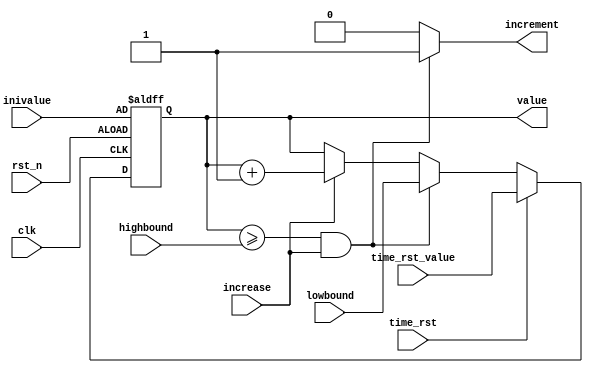
`timescale 1ns / 1ps
//////////////////////////////////////////////////////////////////////////////////
// Company: 
// Engineer: 
// 
// Design Name: 
// Module Name: upcounter
// Project Name: 
// Target Devices: 
// Tool Versions: 
// Description: 
// 
// Dependencies: 
// 
// Revision:
// Revision 0.01 - File Created
// Additional Comments:
// 
//////////////////////////////////////////////////////////////////////////////////


module upcounter(
    input [3:0]inivalue,
    input [3:0]highbound,
    input [3:0]lowbound,
    input increase,
    input time_rst,
    input [3:0]time_rst_value,
    input clk,
    input rst_n,
    output reg [3:0]value,
    output reg increment
    );
reg [3:0]value_next;
reg [3:0]value_in;
    
always@*   // judge next value
    if (value >= highbound && increase)
        value_next <= lowbound;
    else if (increase)
        value_next <= value + 4'd1;
    else 
        value_next <= value;
            
always@*
    if (time_rst)  value_in <= time_rst_value;
    else value_in <= value_next;
        
always@(posedge clk or negedge rst_n)  // reset
    if (~rst_n)  value <= inivalue;
    else value <= value_in;
        
always@*  // give increment to upper number
    if (value >= highbound && increase)
        increment <= 1'd1;
    else
        increment <= 1'd0; 
        
endmodule